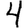
Digit: 4